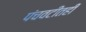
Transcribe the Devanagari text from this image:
पंचवटीतही